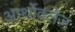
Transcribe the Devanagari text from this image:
आर्थोक्लेज़